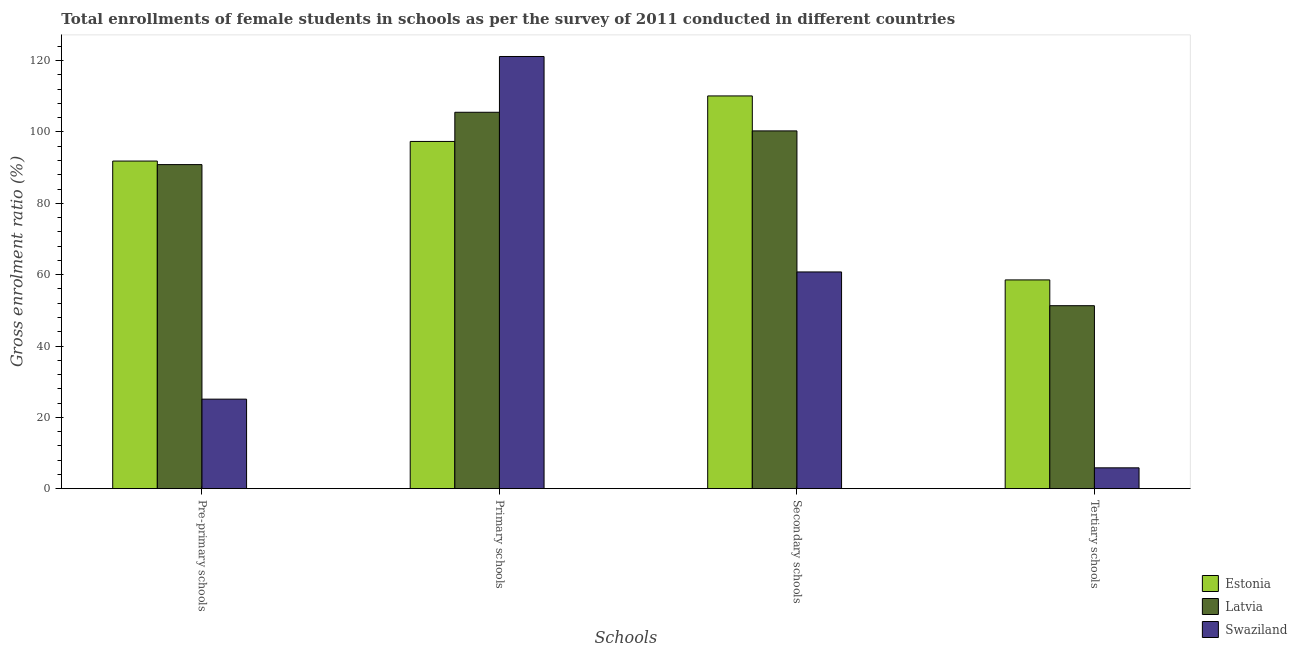
| Schools | Estonia | Latvia | Swaziland |
 | --- | --- | --- | --- |
 | Pre-primary schools | 91.9 | 90.9 | 25.1 |
 | Primary schools | 97.4 | 106 | 121 |
 | Secondary schools | 110 | 100 | 60.8 |
 | Tertiary schools | 58.5 | 51.3 | 5.84 |